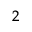
^ 2